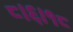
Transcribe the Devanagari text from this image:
८।६।१८